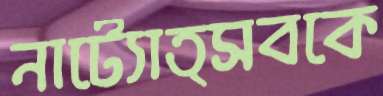
নাট্যোত্সবকে